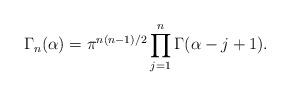
LaTeX: \begin{align*}\Gamma_n(\alpha)=\pi^{n(n-1)/2}\prod_{j=1}^n\Gamma(\alpha-j+1).\end{align*}